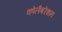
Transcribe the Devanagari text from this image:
कोलैबरेशन